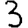
Digit: 3